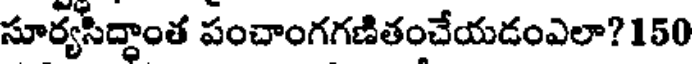
సూర్యసిద్ధాంత పంచాంగగణితంచేయడంఎలా? 150